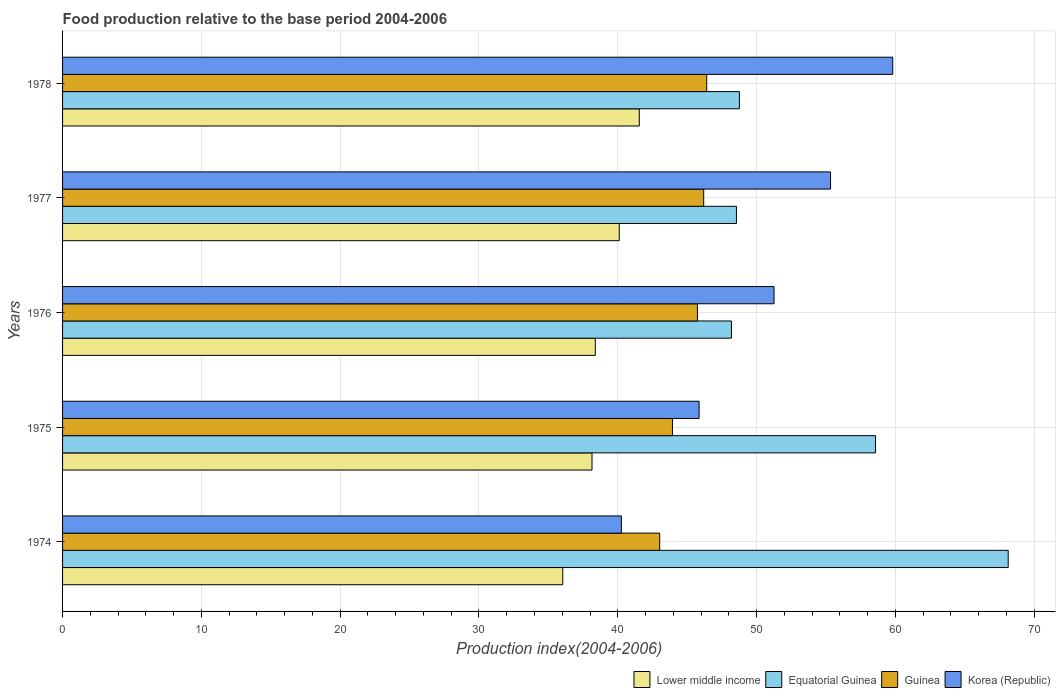
| Years | Lower middle income | Equatorial Guinea | Guinea | Korea (Republic) |
 | --- | --- | --- | --- | --- |
 | 1974 | 36 | 68.1 | 43 | 40.3 |
 | 1975 | 38.1 | 58.6 | 43.9 | 45.9 |
 | 1976 | 38.4 | 48.2 | 45.7 | 51.3 |
 | 1977 | 40.1 | 48.5 | 46.2 | 55.3 |
 | 1978 | 41.5 | 48.8 | 46.4 | 59.8 |